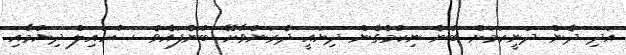
އަދި ދެން ދަނީކަމަށް ބުނެ ނިކުމެގެން ދިޔައީ ދެރަނުވާށޭ ބުނެފައެވެ. ސުހައިލް ދިޔުމާއި